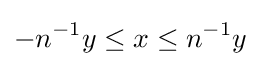
-n^{-1}y\leq x\leq n^{-1}y